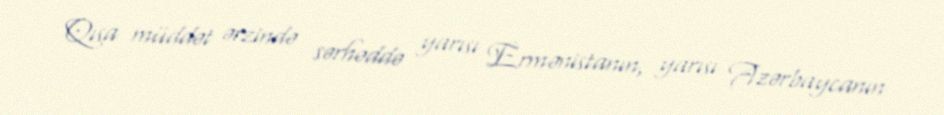
Qısa müddət ərzində sərhəddə yarısı Ermənistanın, yarısı Azərbaycanın